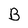
Character: B